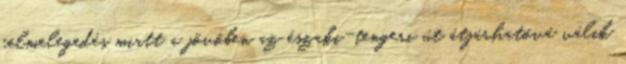
felmelegedés miatt a jövőben az északi-tengeri út átjárhatóvá válik